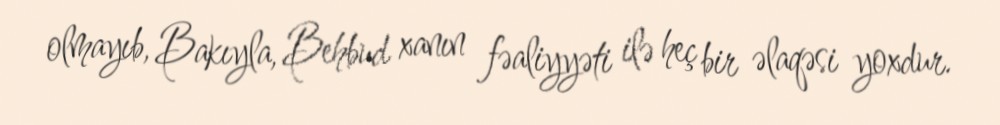
olmayıb, Bakıyla, Behbud xanın fəaliyyəti ilə heç bir əlaqəsi yoxdur.